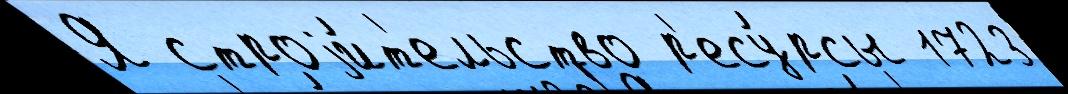
Я строjи́т'ельство р'есу́рсы 1723